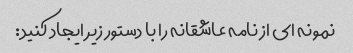
نمونه ای از نامه عاشقانه را با دستور زیر ایجاد کنید: